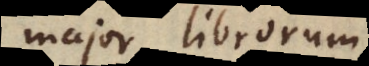
major librorum